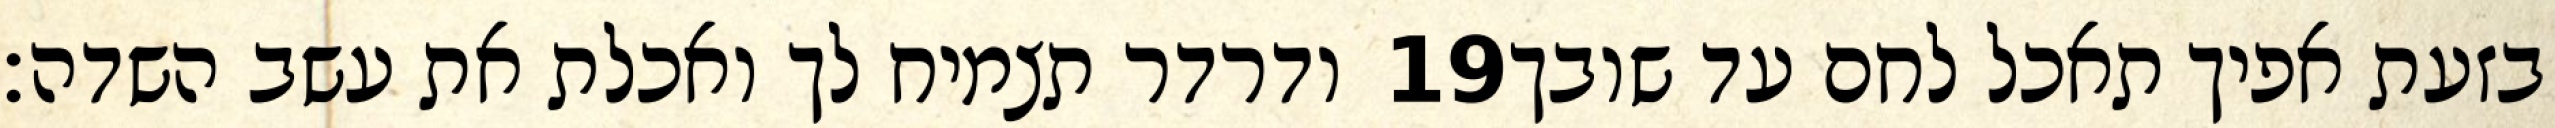
ודרדר תצמיח לך ואכלת את עשב השדה׃ ‎19‏ בזעת אפיך תאכל לחם עד שובך